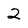
Character: 2